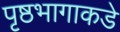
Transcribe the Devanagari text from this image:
पृष्ठभागाकडे